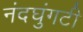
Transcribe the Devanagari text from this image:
नंदघुंगटी